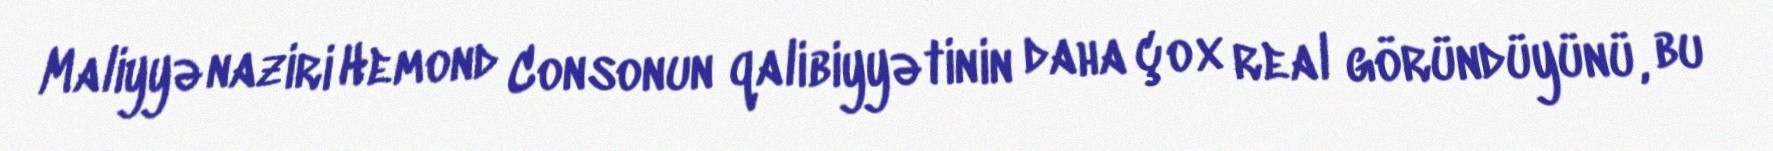
Maliyyə naziri Hemond Consonun qalibiyyətinin daha çox real göründüyünü, bu